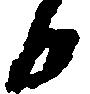
日